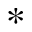
*